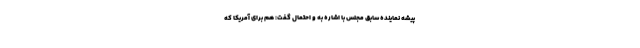
پیشه نماینده سابق مجلس با اشاره به و احتمال گفت: هم برای آمریکا که